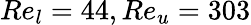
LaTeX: Re_{l}=44,Re_{u}=303